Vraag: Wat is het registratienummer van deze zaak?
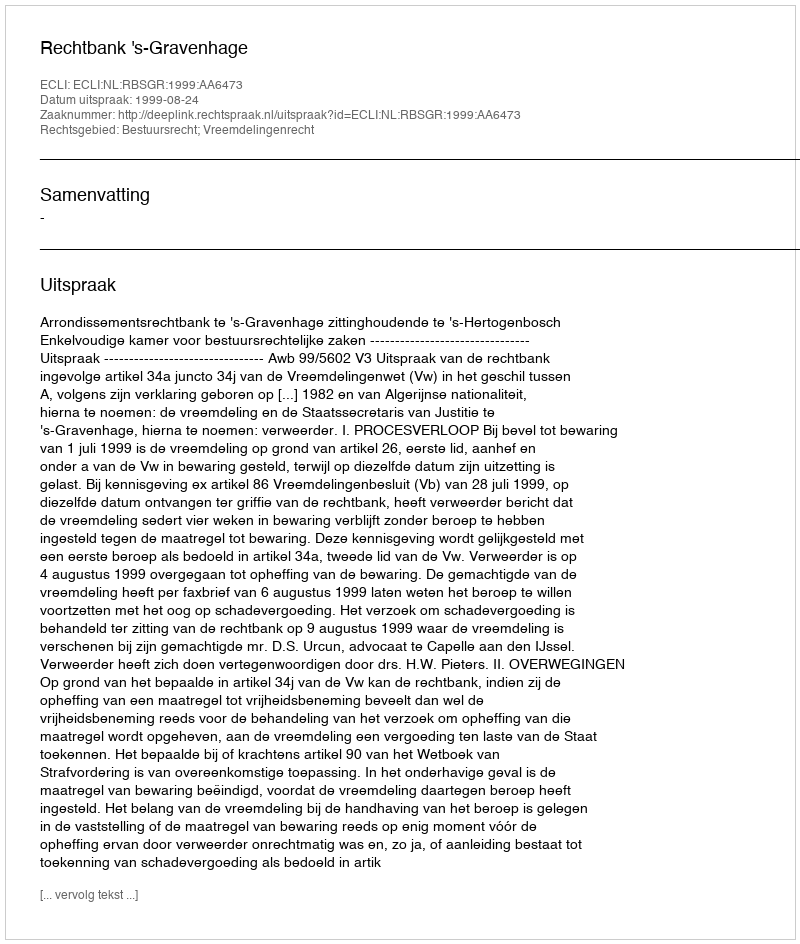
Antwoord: http://deeplink.rechtspraak.nl/uitspraak?id=ECLI:NL:RBSGR:1999:AA6473